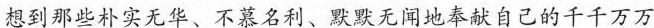
想到那些朴实无华、不慕名利、默默无闻地奉献自己的千千万万